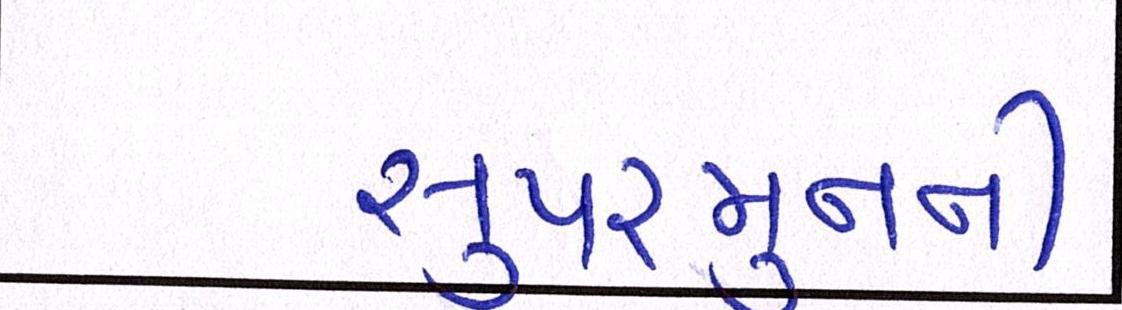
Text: સુપરમુનની